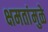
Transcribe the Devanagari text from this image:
क्षमतांमुळे